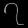
Digit: ၇